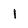
Character: 1